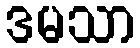
ဒမသာ